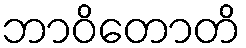
ဘာဝိတောတိ